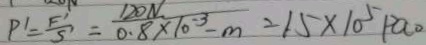
P ^ { \prime } = \frac { F ^ { \prime } } { S } = \frac { 1 2 0 N } { 0 . 8 \times 1 0 ^ { - 3 } - m } = 1 5 \times 1 0 ^ { 5 } P a o